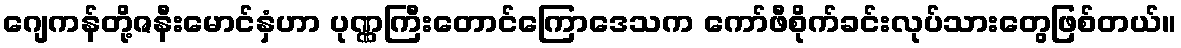
ဂျေကန်တို့ဇနီးမောင်နှံဟာ ပုဏ္ဏကြီးတောင်ကြောဒေသက ကော်ဖီစိုက်ခင်းလုပ်သားတွေဖြစ်တယ်။